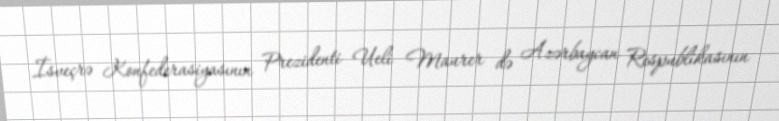
İsveçrə Konfederasiyasının Prezidenti Ueli Maurer də Azərbaycan Respublikasının